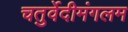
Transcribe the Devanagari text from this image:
चतुर्वेदीमंगलम